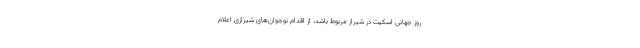
روز جهانی اسکیت در شیراز مربوط باشد، از اقدام نوجوان‌های شیرازی اعلام